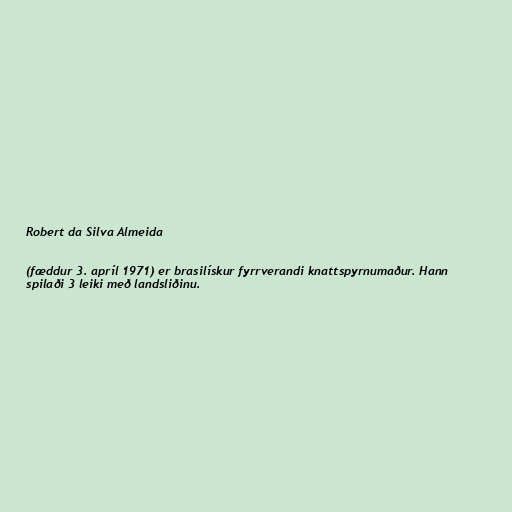
Robert da Silva Almeida

(fæddur 3. apríl 1971) er brasilískur fyrrverandi knattspyrnumaður. Hann
spilaði 3 leiki með landsliðinu.